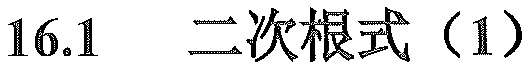
\(16.1\) 二次根式（1）